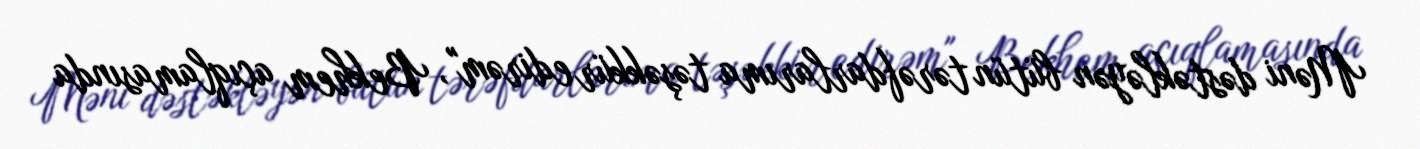
Məni dəstəkləyən bütün tərəfdarlarıma təşəkkür edirəm", Bekhem açıqlamasında